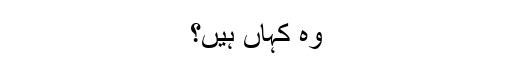
وہ کہاں ہیں؟